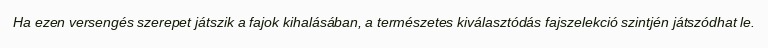
Ha ezen versengés szerepet játszik a fajok kihalásában, a természetes kiválasztódás fajszelekció szintjén játszódhat le.